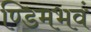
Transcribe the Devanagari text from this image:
ण्डिमभवं